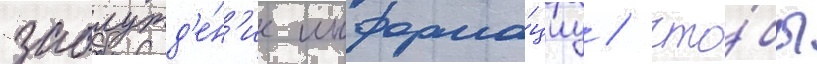
заблужд'е́н'ие информа́циу / что́бы